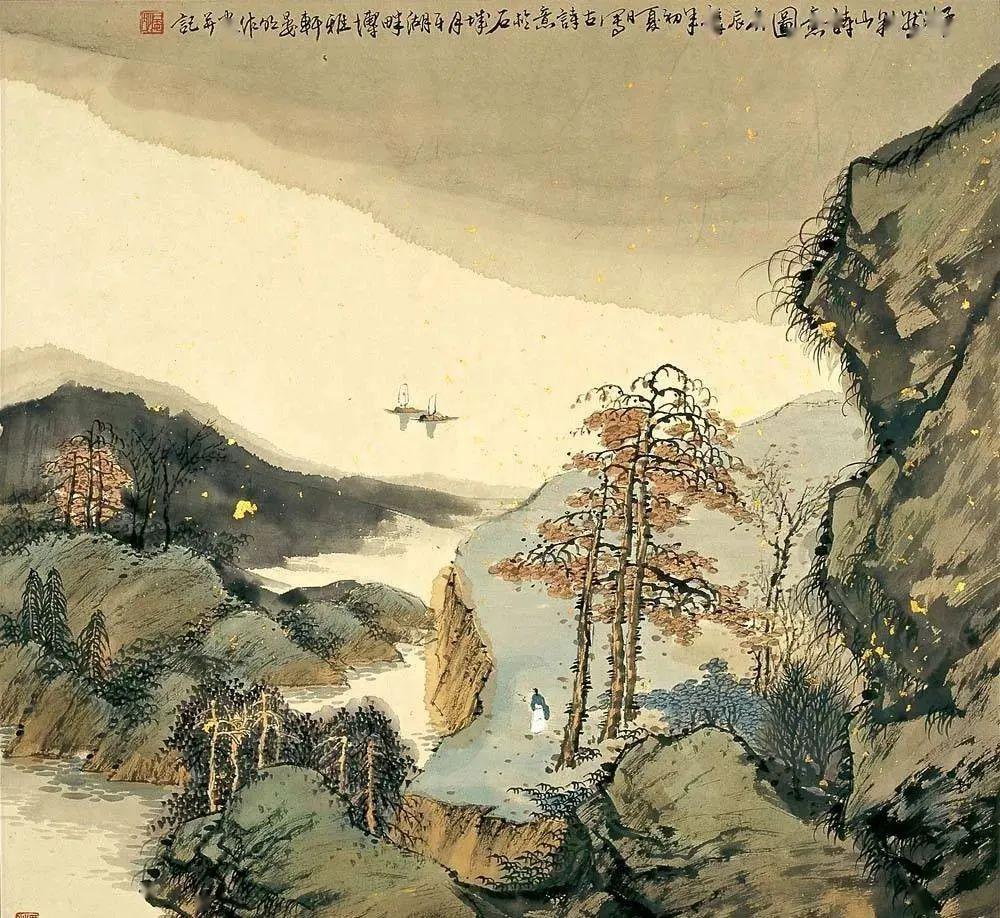
望断金马门，劳歌采樵路。